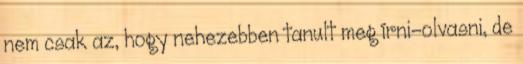
nem csak az, hogy nehezebben tanult meg írni-olvasni, de